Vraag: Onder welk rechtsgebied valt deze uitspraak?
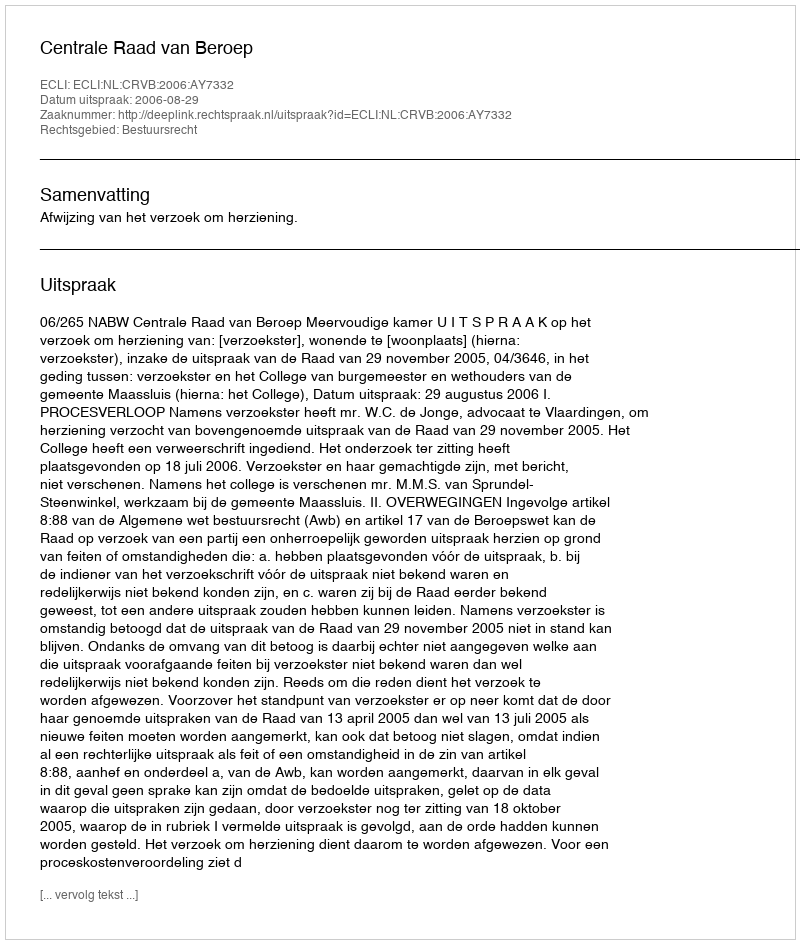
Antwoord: Bestuursrecht